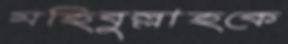
মহিবুল্লাহকে